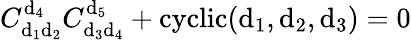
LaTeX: C_{\mathrm{d}_{1}\mathrm{d}_{2}}^{\mathrm{d}_{4}}C_{\mathrm{d}_{3}\mathrm{d}_{4}}^{\mathrm{d}_{5}}+\mathrm{{cyclic}}(\mathrm{d}_{1},\mathrm{d}_{2},\mathrm{d}_{3})=0